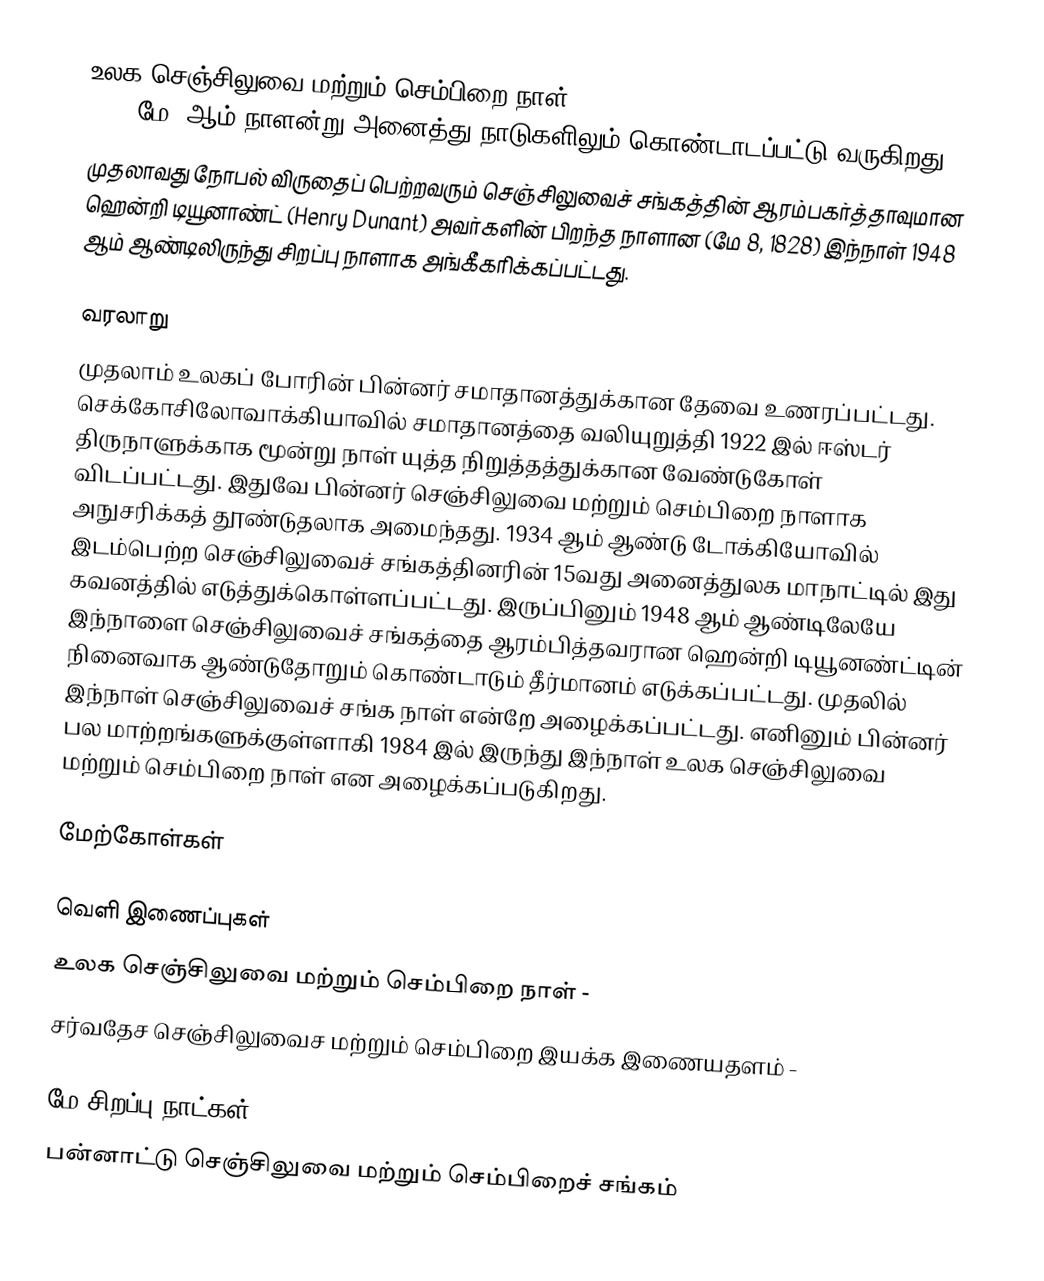
உலக செஞ்சிலுவை மற்றும் செம்பிறை நாள் (International Red Cross and Red Crescent Day) மே 8ஆம் நாளன்று அனைத்து நாடுகளிலும் கொண்டாடப்பட்டு வருகிறது.
முதலாவது நோபல் விருதைப் பெற்றவரும் செஞ்சிலுவைச் சங்கத்தின் ஆரம்பகர்த்தாவுமான  ஹென்றி டியூனாண்ட் (Henry Dunant) அவர்களின் பிறந்த நாளான (மே 8, 1828) இந்நாள் 1948 ஆம் ஆண்டிலிருந்து சிறப்பு நாளாக அங்கீகரிக்கப்பட்டது.

வரலாறு
முதலாம் உலகப் போரின் பின்னர் சமாதானத்துக்கான தேவை உணரப்பட்டது. செக்கோசிலோவாக்கியாவில் சமாதானத்தை வலியுறுத்தி 1922 இல் ஈஸ்டர் திருநாளுக்காக மூன்று நாள் யுத்த நிறுத்தத்துக்கான வேண்டுகோள் விடப்பட்டது. இதுவே பின்னர் செஞ்சிலுவை மற்றும் செம்பிறை நாளாக அநுசரிக்கத் தூண்டுதலாக அமைந்தது. 1934 ஆம் ஆண்டு டோக்கியோவில் இடம்பெற்ற செஞ்சிலுவைச் சங்கத்தினரின் 15வது அனைத்துலக மாநாட்டில் இது கவனத்தில் எடுத்துக்கொள்ளப்பட்டது. இருப்பினும் 1948 ஆம் ஆண்டிலேயே இந்நாளை செஞ்சிலுவைச் சங்கத்தை ஆரம்பித்தவரான ஹென்றி டியூனண்ட்டின் நினைவாக ஆண்டுதோறும் கொண்டாடும் தீர்மானம் எடுக்கப்பட்டது. முதலில் இந்நாள் செஞ்சிலுவைச் சங்க நாள் என்றே அழைக்கப்பட்டது. எனினும் பின்னர் பல மாற்றங்களுக்குள்ளாகி 1984 இல் இருந்து இந்நாள் உலக செஞ்சிலுவை மற்றும் செம்பிறை நாள் என அழைக்கப்படுகிறது.

மேற்கோள்கள்

வெளி இணைப்புகள்
உலக செஞ்சிலுவை மற்றும் செம்பிறை நாள் -
சர்வதேச செஞ்சிலுவைச மற்றும் செம்பிறை இயக்க இணையதளம்  -

மே சிறப்பு நாட்கள்
பன்னாட்டு செஞ்சிலுவை மற்றும் செம்பிறைச் சங்கம்